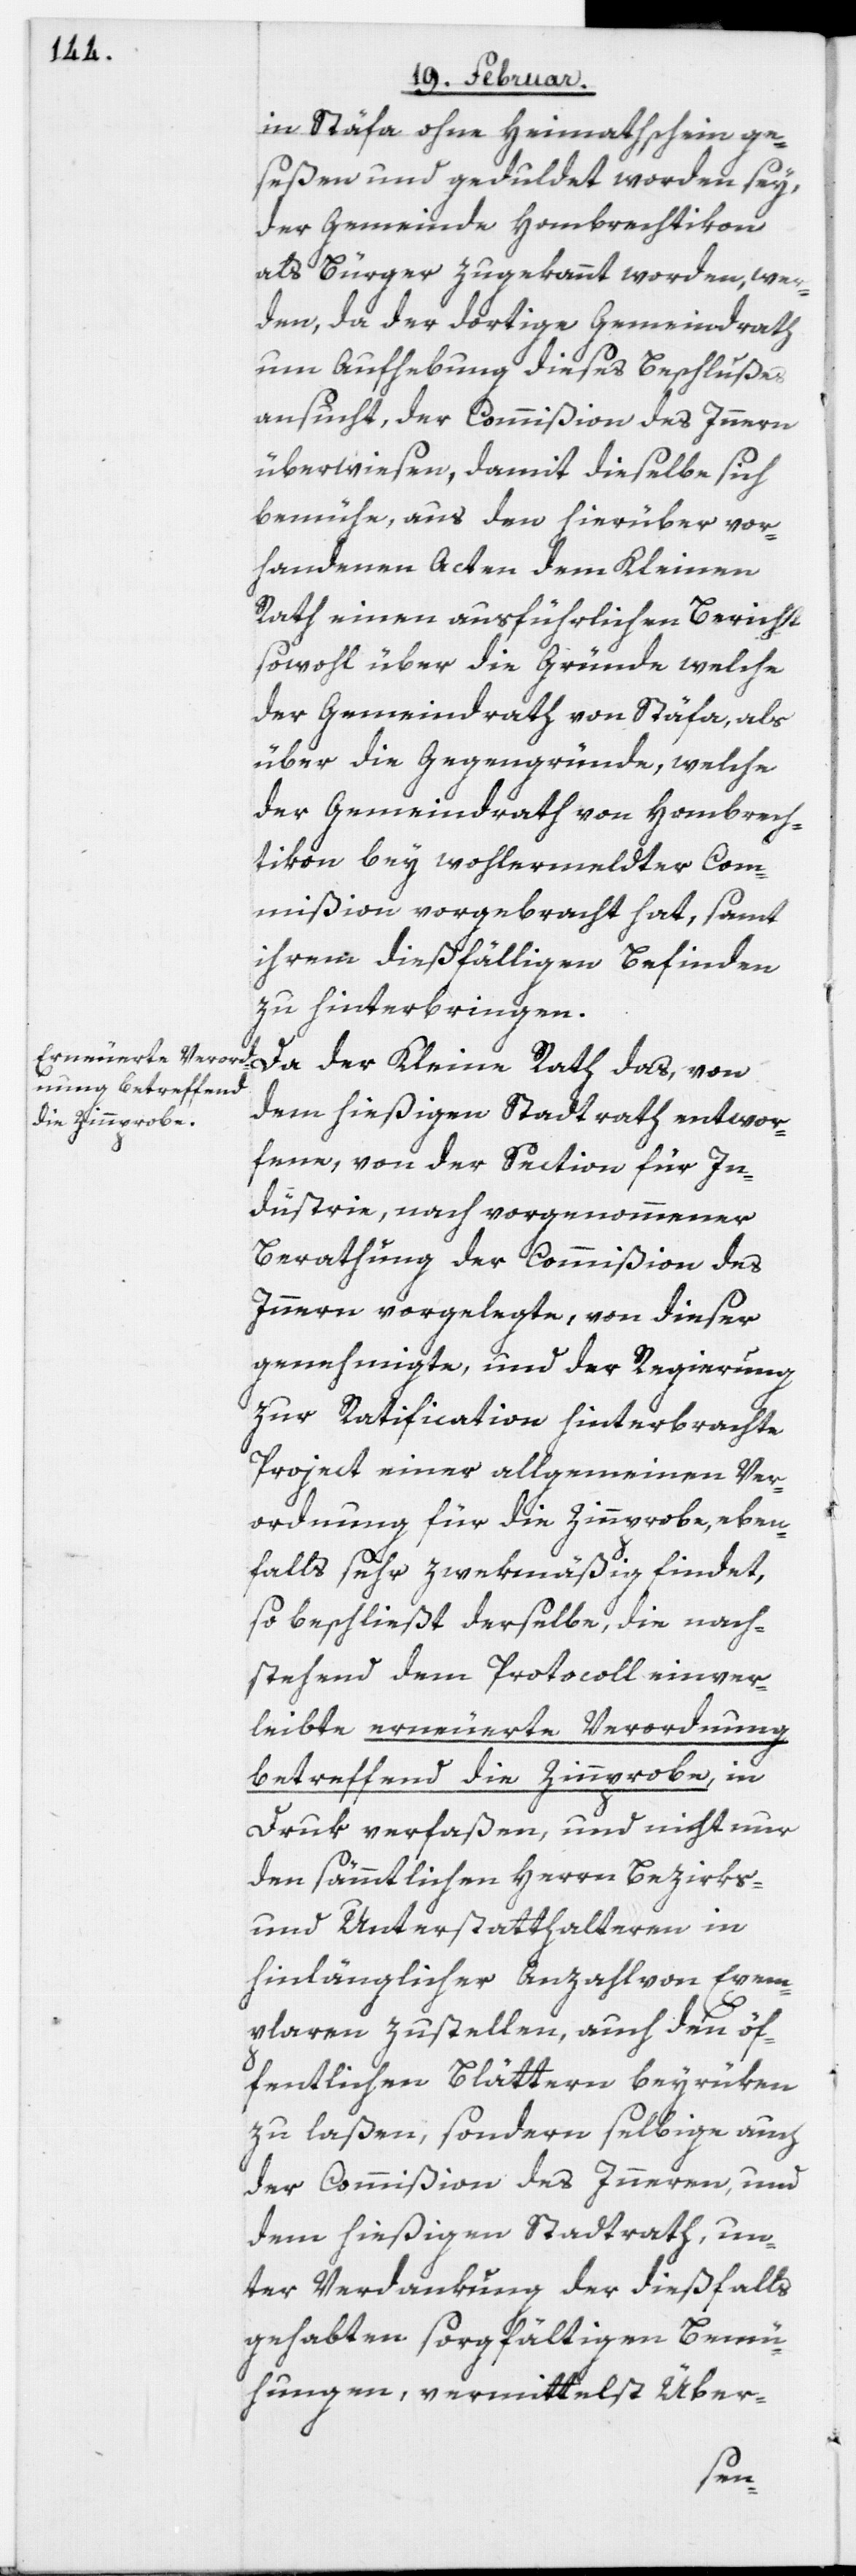
in Stäfa ohne Heimathschein ge¬
seßen und geduldet worden sey,
der Gemeinde Hombrechtikon
als Bürger zugekannt worden, wer¬
den, da der dortige Gemeindrath
um Aufhebung dieses Beschlußes
ansucht, der Commißion des Innern
überwiesen, damit dieselbe sich
bemühe, aus den hierüber vor¬
handenen Acten dem Kleinen
Rath einen ausführlichen Bericht
sowohl über die Gründe welche
der Gemeindrath von Stäfa, als
über die Gegengründe, welche
der Gemeindrath von Hombrech¬
tikon bey wohlermeldter Com¬
mißion vorgebracht hat, samt
ihrem dießfälligen Befinden
zu hinterbringen.
dem hießigen Stadtrath entwor¬
fene, von der Section für In¬
dustrie, nach vorgenommener
Berathung der Commißion des
Innern vorgelegte, von dieser
genehmigte, und der Regierung
zur Ratification hinterbrachte
Project einer allgemeinen Ver¬
ordnung für die Zinnprobe, eben¬
falls sehr zwekmäßig findet,
so beschließt derselbe, die nach¬
stehend dem Protocoll einver¬
leibte erneuerte Verordnung
betreffend die Zinnprobe, in
Druk verfaßen, und nicht nur
den sämmtlichen Herrn Bezirks-
und Unterstatthalteren in
hinlänglicher Anzahl von Exem¬
plaren zustellen, auch den öf¬
fentlichen Blättern beyrüken
zu laßen, sondern selbige auch
der Commißion des Inneren, und
dem hießigen Stadtrath, un¬
ter Verdankung der dießfalls
gehabten sorgfältigen Bemü¬
hungen, vermittelst Über-